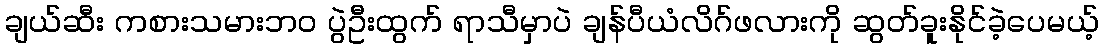
ချယ်ဆီး ကစားသမားဘဝ ပွဲဦးထွက် ရာသီမှာပဲ ချန်ပီယံလိဂ်ဖလားကို ဆွတ်ခူးနိုင်ခဲ့ပေမယ့်